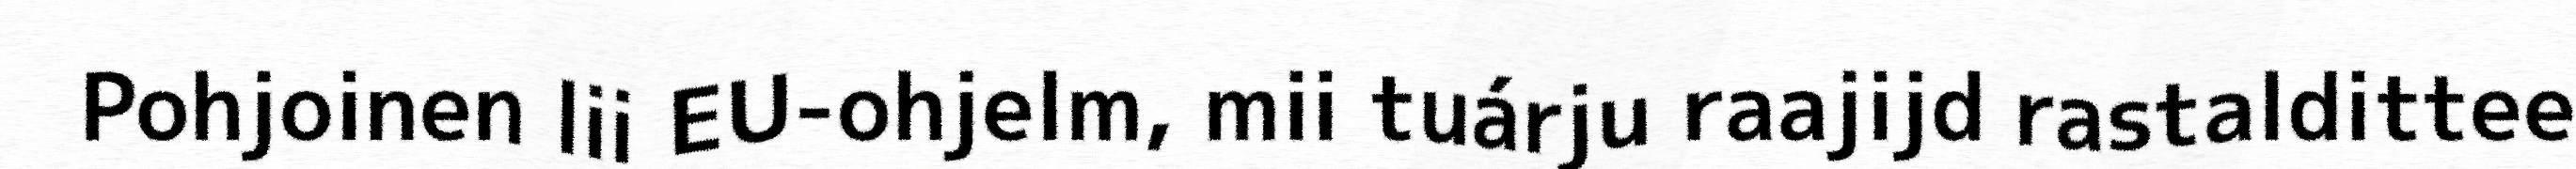
Pohjoinen lii EU-ohjelm, mii tuárju raajijd rastaldittee